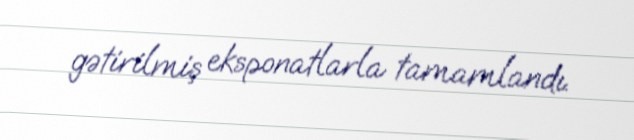
gətirilmiş eksponatlarla tamamlandı.